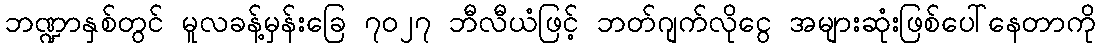
ဘဏ္ဍာနှစ်တွင် မူလခန့်မှန်းခြေ ၇၀၂၇ ဘီလီယံဖြင့် ဘတ်ဂျက်လိုငွေ အများဆုံးဖြစ်ပေါ်နေတာကို